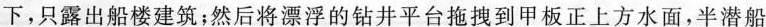
下，只露出船楼建筑；然后将漂浮的钻井平台拖拽到甲板正上方水面，半潜船